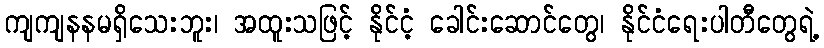
ကျကျနနမရှိသေးဘူး၊ အထူးသဖြင့် နိုင်ငံ့ ခေါင်းဆောင်တွေ၊ နိုင်ငံရေးပါတီတွေရဲ့